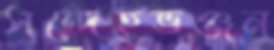
সন্দেহভঞ্জন